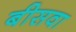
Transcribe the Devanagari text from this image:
बीसवा